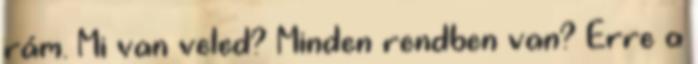
rám. Mi van veled? Minden rendben van? Erre a